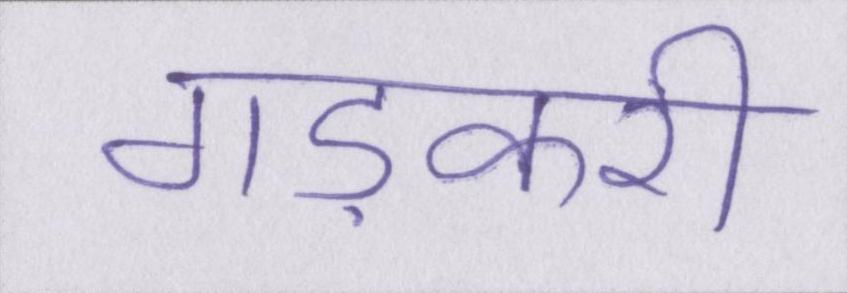
गड़करी